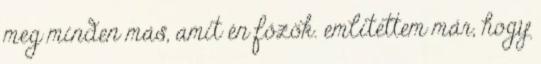
meg minden más, amit én főzök. említettem már, hogy